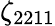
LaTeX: \zeta_{2211}